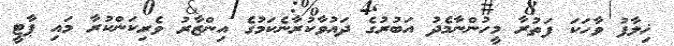
ޚިލާފު ވާހަކަ ފަތުރާ މީހުންނާމެދު އަބުރުގެ ދައުވާކުރާނެކަމުގެ އިންޒާރު ވެރިކަންކުރާ މައި ޕާޓީ